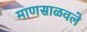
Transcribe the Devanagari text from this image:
माणसाळवले